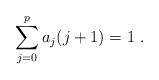
LaTeX: \begin{align*} \sum_{j=0}^p a_j(j+1) = 1 \ .\end{align*}